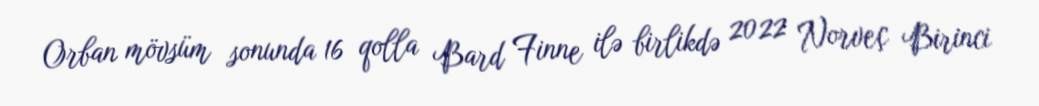
Orban mövsüm sonunda 16 qolla Bard Finne ilə birlikdə 2022 Norveç Birinci